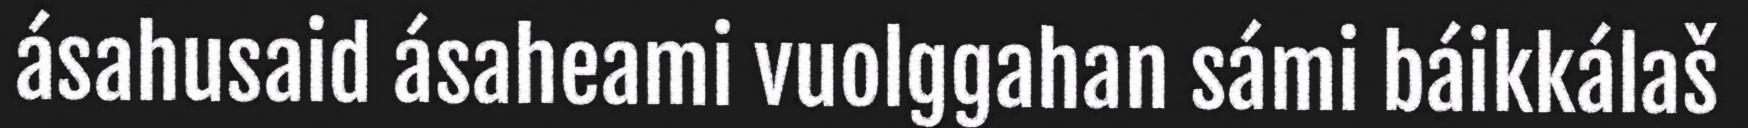
ásahusaid ásaheami vuolggahan sámi báikkálaš